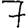
Digit: 7